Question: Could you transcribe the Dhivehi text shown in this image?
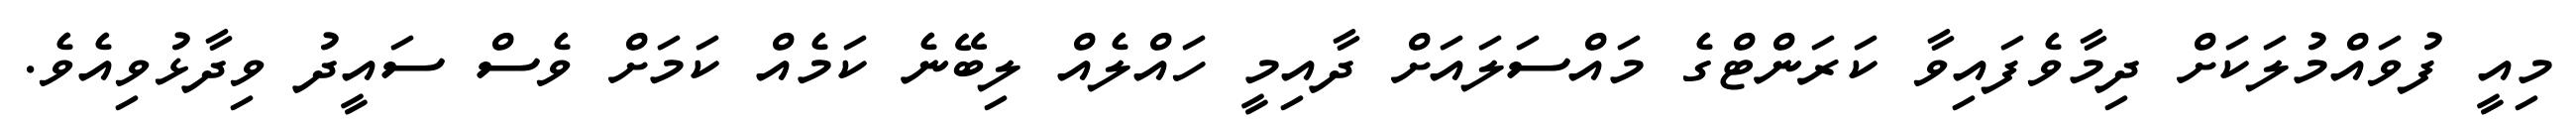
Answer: މިއީ ފުވައްމުލަކަށް ދިމާވެފައިވާ ކަރަންޓްގެ މައްސަލައަށް ދާއިމީ ހައްލެއް ލިބޭނެ ކަމެއް ކަމަށް ވެސް ސައީދު ވިދާޅުވިއެވެ.